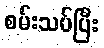
စမ်းသပ်ပြီး